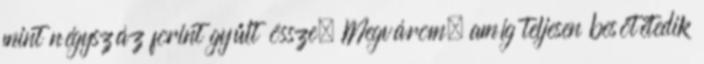
mint négyszáz forint gyűlt össze. Megvárom, amíg teljesen besötétedik